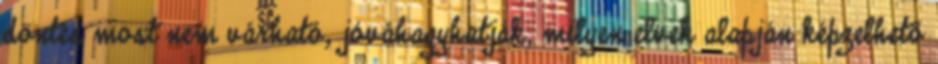
döntés most nem várható, jóváhagyhatják, milyen elvek alapján képzelhető